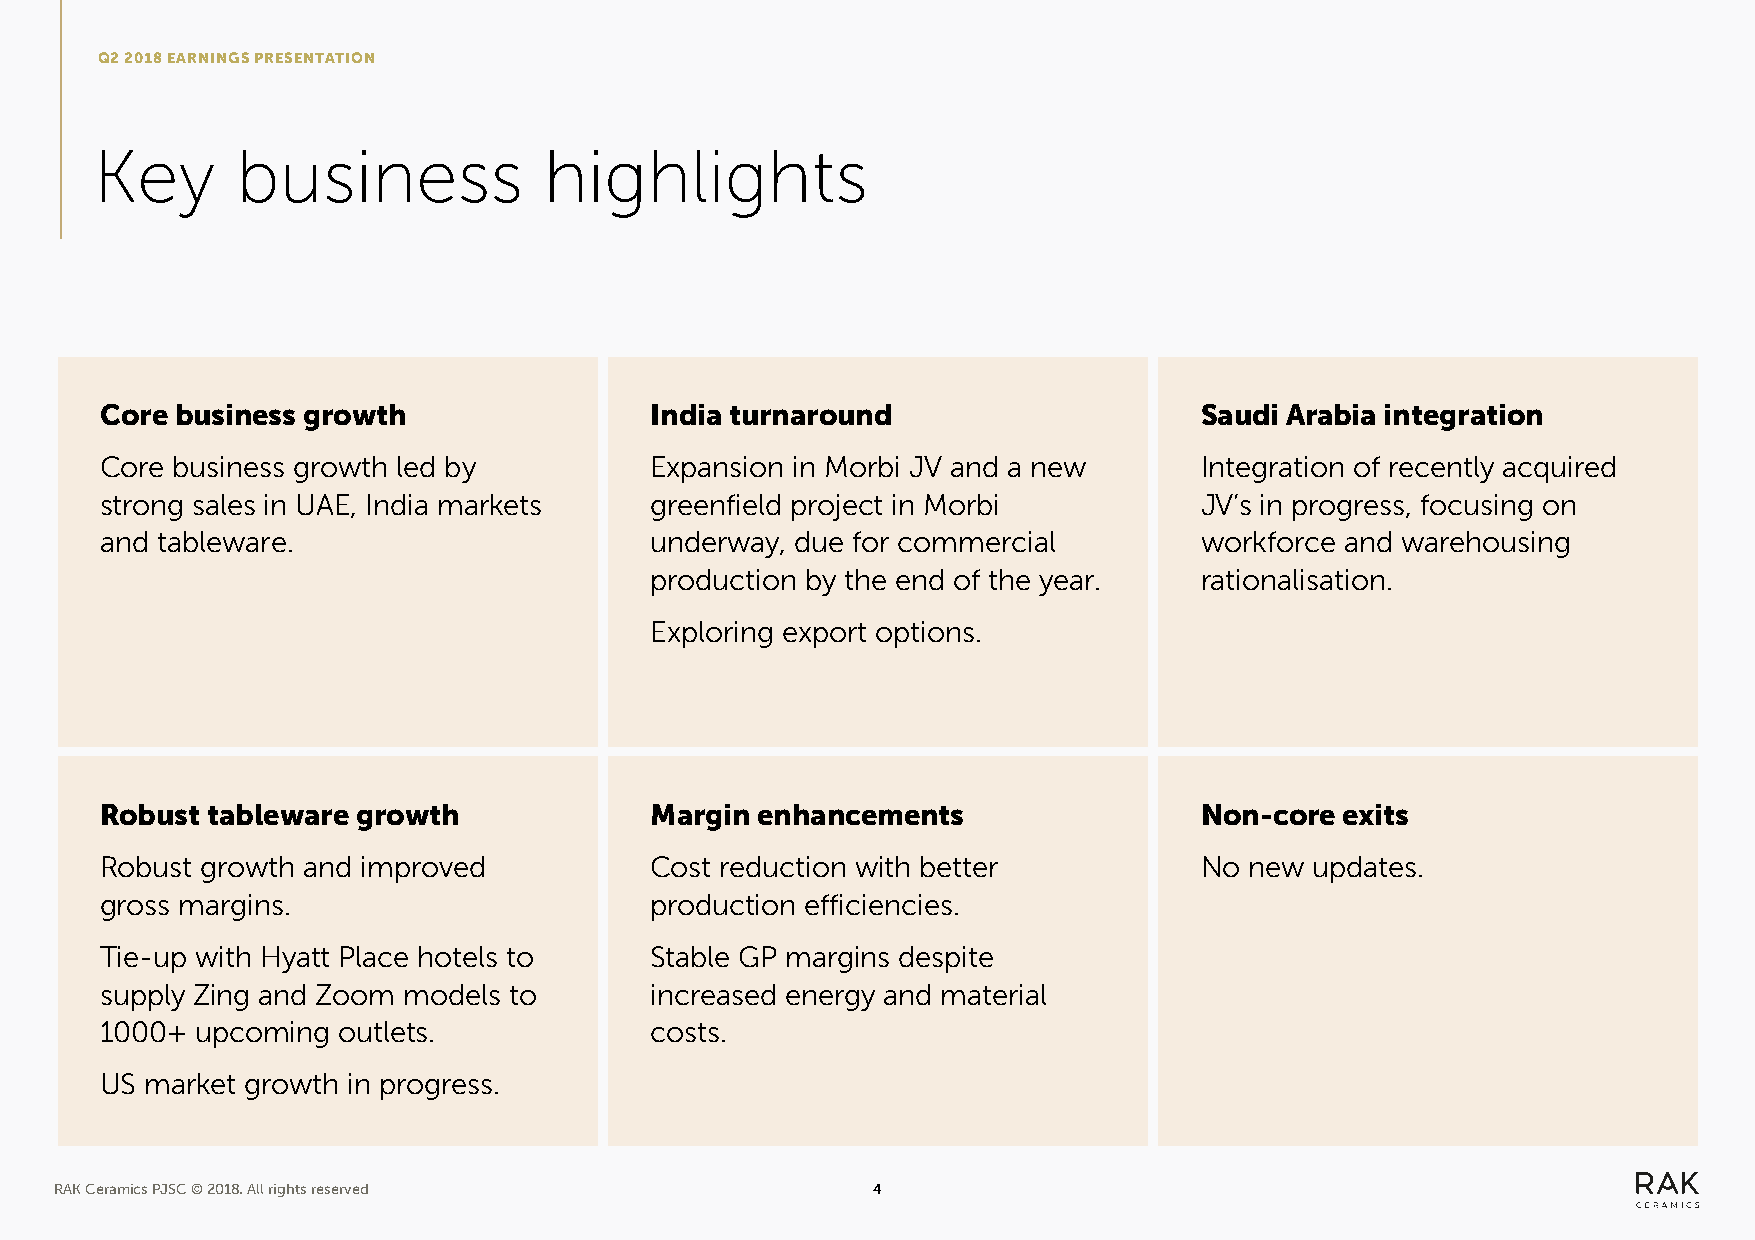
Q2 2018 EARNINGS PRESENTATION
 Key       business            highlights
 Core business growth                India turnaround                    Saudi Arabia integration
 Core business growth led by         Expansion in Morbi JV and a new     Integration of recently acquired
 strong sales in UAE, India markets  greenfield project in Morbi         JV’s in progress, focusing on
 and tableware.                      underway, due for commercial        workforce and warehousing
 production by the end of the year.  rationalisation.
 Exploring export options.
 Robust tableware growth             Margin enhancements                 Non-core  exits
 Robust growth and improved          Cost reduction with better          No  new updates.
 gross margins.                      production efficiencies.
 Tie-up with Hyatt Place hotels to   Stable GP margins despite
 supply Zing and Zoom models to      increased energy and material
 1000+ upcoming outlets.             costs.
 US market growth in progress.
 RAK Ceramics PJSC © 2018. All rights reserved         4